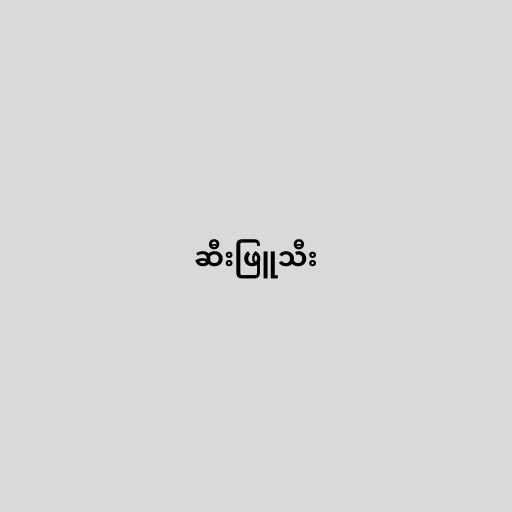
ဆီးဖြူသီး